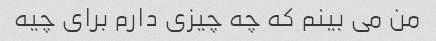
من می بینم که چه چیزی دارم برای چیه